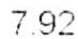
7.92